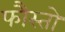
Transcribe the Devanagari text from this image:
फौस्तो